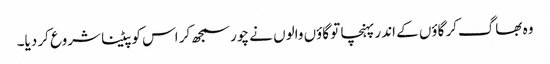
وہ بھاگ‌کر گاؤں کے اندر پہنچا تو گاؤں والوں نے چور سمجھ‌کر اس کو پیٹنا شروع کر دیا۔